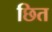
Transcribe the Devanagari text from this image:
छित